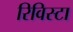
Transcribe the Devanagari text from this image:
रिविस्टा